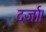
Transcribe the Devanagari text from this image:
दर्जा।